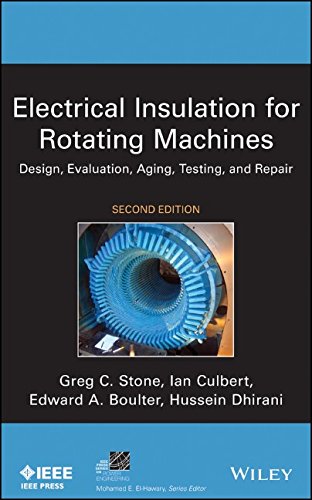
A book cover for Electrical Insulation for Rotating Machines: Design, Evaluation, Aging, Testing, and Repair (IEEE Press Series on Power Engineering); Greg C. Stone; Crafts, Hobbies & Home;